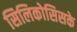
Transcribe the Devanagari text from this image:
सिलिकोसिसके